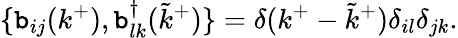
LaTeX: \{ \mathtt{b}_{ij}(k^{+}),\mathtt{b}_{lk}^{\dagger}({\tilde{{k}}}^{+})\} =\delta(k^{+}-{\tilde{{k}}}^{+})\delta_{il}\delta_{jk}.